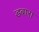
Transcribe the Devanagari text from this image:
डबारा